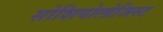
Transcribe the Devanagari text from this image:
सोशियोलोजिस्ट